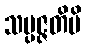
သမ္ပဇ္ဇတိပိ